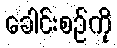
ခေါင်းစဉ်ကို